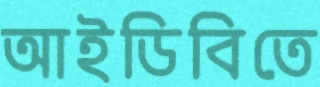
আইডিবিতে